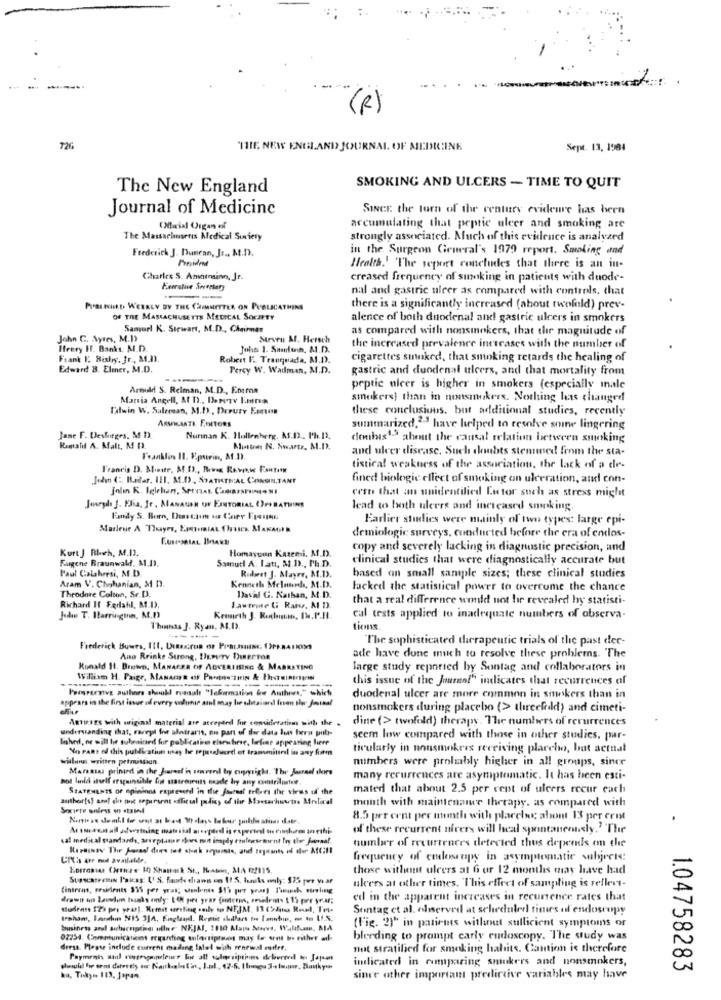
...
--
(R)
726
"THE NEW ENGLAND JOURNAL OF MEDICINE
Sept. 13, 1984
The New England
SMOKING AND ULCERS - TIME TO QUIT
Journal of Medicine
SINCE the torn of the century evidence has been
(Marial Orgas of
accumulating that peptic ulcer and smoking are
The Massachusetis Medical Society
strongly associated. Much of this evidence is analyzed
Frederick J. Duncan, J .., M.D.
in the Surgeon General's 1979 report. Smoking and
President
Health.' The sepoort concludes that there is an in-
Charles S. Amnensinn, Jr.
creased frequency of sinoking in patients with duode-
Ferrutive Soversety
nal and gastric uleer as compared with controls, that
---
PraIRlikD WEEKLY BY THE COMMITTEE ON PUBLICATHINS
there is a significantly increased (about twofold) prev-
OF THE MASSACHUSETTS MEDICAL SOCIETY
alence of both duodenal and gastric ulcers in smokers
Samurl K. Stewart, M.D ., Chairman
as compared with nonsmokers, that the magnitude of
John C. Ayres, M.D)
Strven Ml. Hersch
Henry If. Banks. M.D.
Juha 1. Samdenn, M.D.
the increased prevalence increases with the number of
Frank I. Bishy, Jr ., M.D).
Robert F. Tranquada, M.D.
cigarettes sinnked, that smoking retards the healing of
Edward 8. Elmer, M.D.
Percy W. Wadman, M.D.
gastric and duodenal ulcers, and that mortality from
Arnidd S. Relman, M.D ., Entron
peptic nicer is higher in smokers (especially inale
Maria Angell, At D ., Ihrerv Entree
smokers) than in nonsmokers. Nothing less changed
Tilwin W. Suleman, M.D ., Derury Emmen
these conclusions, but additional studies, recently
AsvicasTi Eoitoes
summarized,23 have helped to resolve soine lingering
Jane F. Deshirges, M D
Nurinan K. Hallenberg, M.D ., Ph.D.
domhis13 ahent the causal relation between smoking
Ramalil A. Malt, M 13.
Musten N. Swartz, M.D.
and ulver disease. Such doubts stemmed from the sta-
Franklin 11. V.purin, At.D).
Francis D. Minute, Af.D ., Revis Review Fauten
tistical weakness of the association, the lack of a de-
Jodm C: Iliter. III. M.D), SPATHTHAL CONSIN.TANT
fined biologic effect of smoking an ulceration, and con-
Jolin R. Iglehan, Serrat. Casaasrom. NI
cern that an unidentified Eu tor such as stress might
Juryh J. Flia, Je, MANAGER OF EINTORIAL ()FIRATHINS
lead to both ulerrs and increased smoking.
Fandy S. Born, Diettore was Cary Frangoun
Earlier studies were mainly of two types: large epi-
Marlene A Thyes, Epicaist Orscs, MAKAOHR
demiologic surveys, conducted before the era of endos-
Kurt J Bleh, M.I2.
Homaypon Katemi. M.D.
copy and severely lacking in diagnostic precision, and
Fagene Braunwald, A1.D).
clinical studies that were diagnostically accurate but
Paul Calabresi, M.D.
Samuel A. Iatı, M.D ., Ph.D.
Aram V. Chohanian, M D.
Rulwest J. Mayre, N.1).
based on small sample sizes; these clinical studies
Kenneth Melnurds, M.D.
fucked the statistical power to overcome the chance
Theodore Colton, Se.D.
David G. Nathan, M.D.
that a real difference would not be revealed hy statisti-
Richard If Fedahl, M.D.
Lawtrine U Rais, M D
Judduns T. Harringinn, M.D
Kesmeth J. Rachman, Iw. P.H.
cal tests applied to inadequate numbers of observa-
Themnas ]. Ryan, M.D).
tions
The sophisticated therapeutic trials of the past der-
Frederick Bowes, 111, Diacron or Praclasse, f)PARABIOS
Ano Reinke Strong, DEPUTY DIRECTOR
ade have done mich to resolve these problems. The
Ronald 11. Brown, MANAGER OF ADVERTISING & MARKETING
farge study reported by Sontag and collaborators in
William H. Paige, MANAGER OF Pants THIN & ITiniIn
---
this issue of the Journal" indicates that recurrences of
Poisreceive authors shoukl reasalt "leformation &w Authors," which
appears in the first issue of every andune asul may be ultallard fran the Journal
duodenal ulcer are more common in smokers than in
nonsmokers during placebo (> threefeld) and cimeti-
Amirazs with original material are accepted for considerations with the .
dine (> twofold) therapy. The numbers of rerurrences
understanding that, rarept for ultraris, on part of the data Is hera pub-
Bisher, or will hie tubeained fur publicatie elsewhere, herfine appearing here
seem low compared with those in other studies. par-
Yo Pans of this publication usay he tepesaluceel ot trammittel in any form
ticularly in nonsmokers receiving plarcho, but actual
wilwas written primissiun
numbers were probably higher in all groups, siner
Marsmas printed in the Jaredl'in sonveril bry copyrigha. The Journel chers
hot ludd itself erspaintibile los matreruts made by any comtrilater.
many rerurrences are asymptomatic. It has been esti-
STATEMENTS or opinions expressed in the Journal teleri the virus of' the
mated that about 2.5 per cent of ulcers recur cach
Societe soless on staind
month with maintenance therapy, as compared with
8.5 per cent per month with plarelse about 13 per erist
of these recurrent nivers will heal spontaneously." The
sal medical standards, arveptasr rors mit impdy enilnesement fry the Journal.
number of recurrences detected thus depends on the
frequency of cadosrapy in asymptomatic subjects:
those without ulcers at 6 or 12 months may have had
Stancatretin l'aicas: (' S. frauds drawis om I! S. laks only: $75 per year
ulcers at other times. This effect of sampling is reflert-
ed in the apparent increases in recurrence rates that
studente 123 pri year]. Remit writing .mily to NEJM. 13 (>dina Real, To-
Sontag et al. elserved at scheduledl times of endoscopy
traham, Bondhm N15 3JA, England, Remit abdfars to Imnubin, - to U1.5.
(Fig. 2)" in patients withnet sullicient symptoms or
business andl subscription oline NEJAS, 2110 Alais Marvs, W.lafamn, MA
02754. Communications regarding autocriptunns may for eret Io rither ail-
bleeding to prompt carly endoscopy. The study was
dress. Please include current madang latel with renewal cutter,
not stratified for smoking hahits. Cantion is therefore
indicated in cumparing smukers and nonsmokers,
1.04758283
ku, Tokyo 113, Japan
since other important predictive variables may have